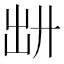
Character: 𪞷